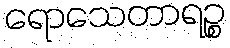
ရောသေတာရဉ္စ